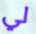
لي